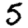
Digit: 5